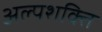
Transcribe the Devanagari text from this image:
अल्पशक्ति